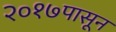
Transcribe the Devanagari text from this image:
२०१७पासून